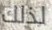
لذلك